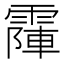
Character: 𩄛